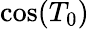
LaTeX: \cos(T_{0})